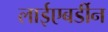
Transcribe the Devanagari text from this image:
लाईएबर्डीन